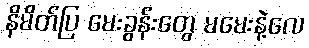
နိမိတ်ပြ မေးခွန်းတွေ မမေးနဲ့လေ